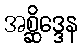
အစ္ဆိဒ္ဒေန